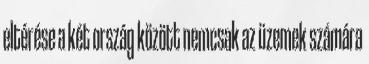
eltérése a két ország között nemcsak az üzemek számára